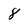
Character: 8